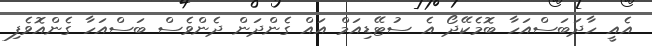
އެއީ ހާދަބަސްއަހާ ބޮމެކޭދޯ އެ ސުޓޭޑިއަމް އައް ގެންދަން ދެންވެސް ބަސްއަހާ ގެންއޮވެފި